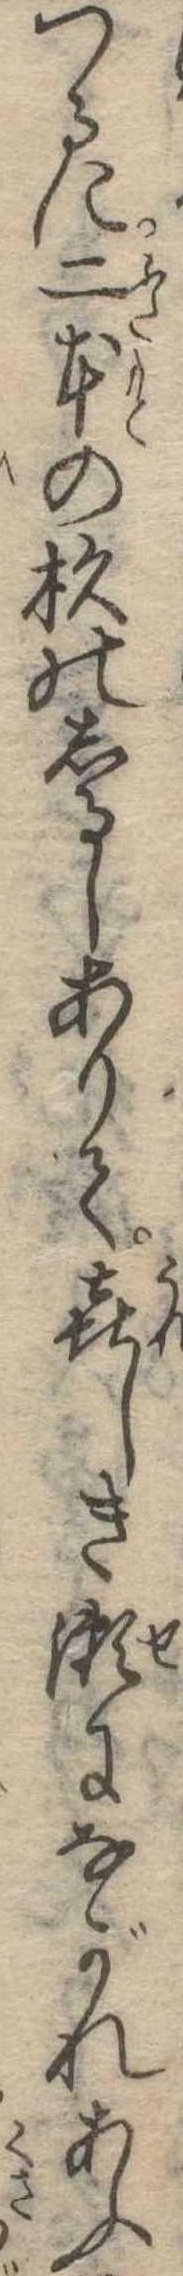
つるに二本の杉のしるしありて喜しき瀬にながれあふ